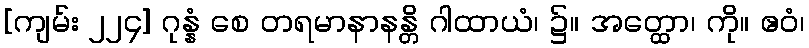
[ကျမ်း ၂၂၄] ဂုန္နံ စေ တရမာနာနန္တိ ဂါထာယံ၊ ၌။ အတ္ထော၊ ကို။ ဧဝံ၊